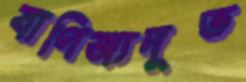
বাণিজ্যদূত